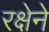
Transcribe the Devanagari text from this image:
रक्षेने